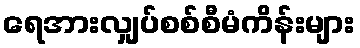
ရေအားလျှပ်စစ်စီမံကိန်းများ